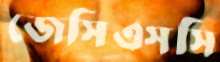
জেসিএসসি